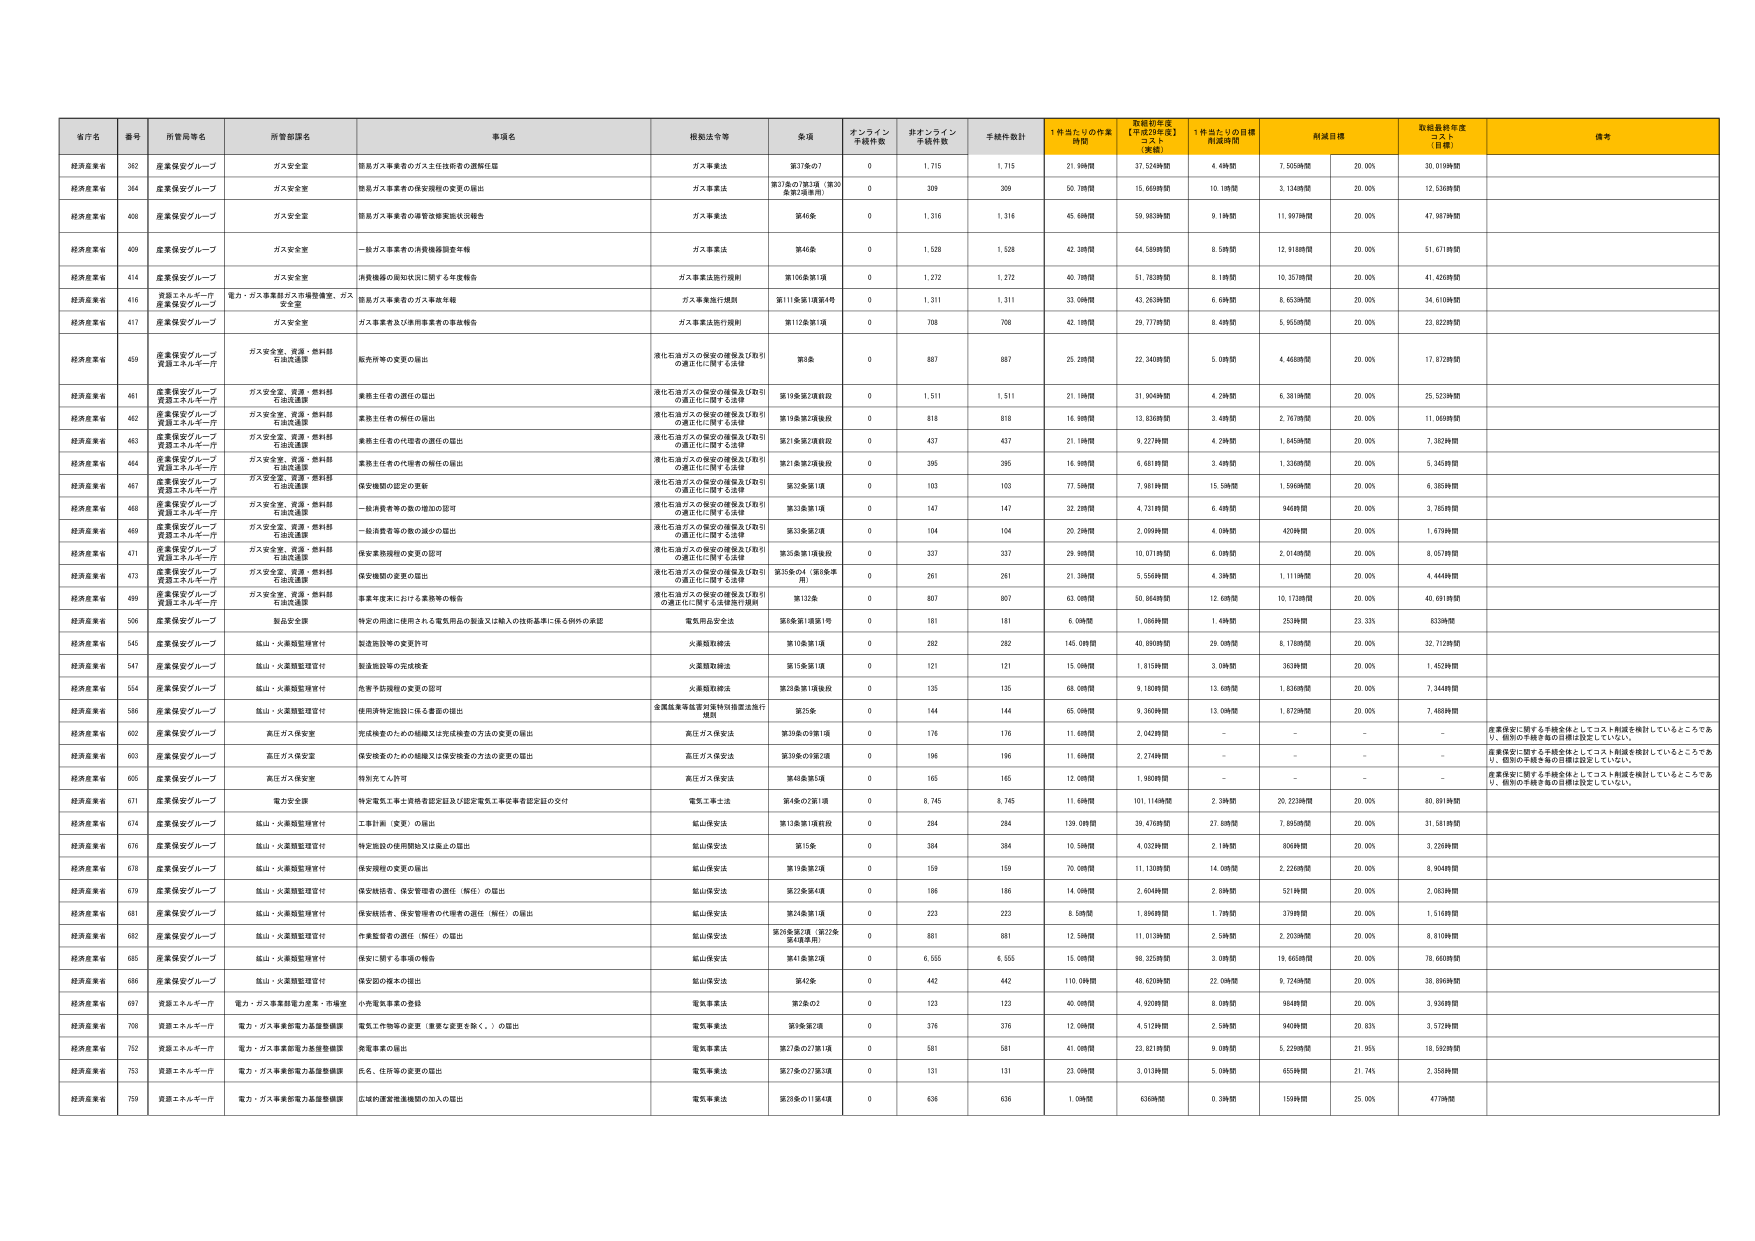
経済産業省 362 産業保安グループ ガス安全室 簡易ガス事業者のガス主任技術者の理解促進 ガス事業法 第37条の7 0 1,715 1,715 21.98問 37.524時間 4.49問 7.505時間 20.00% 30.019時間
経済産業省 364 産業保安グループ ガス安全室 簡易ガス事業者の保安管理の変更の届出 ガス事業法 第37条の7第3項（第30 条第2項適用） 0 309 309 50.78問 15.669時間 10.18問 3.134時間 20.00% 12.536時間
経済産業省 408 産業保安グループ ガス安全室 簡易ガス事業者の保管改修実施状況報告 ガス事業法 第46条 0 1,316 1,316 45.68問 59.963時間 9.19問 11.997時間 20.00% 47.967時間
経済産業省 409 産業保安グループ ガス安全室 一般ガス事業者の済機種別審査報告 ガス事業法 第46条 0 1,528 1,528 42.38問 64.589時間 8.58問 12.918時間 20.00% 51.671時間
経済産業省 414 産業保安グループ ガス安全室 済機種別の周知状況に関する年度報告 ガス事業法施行規則 第106条第1項 0 1,272 1,272 40.78問 51.763時間 8.19問 10.357時間 20.00% 41.426時間
経済産業省 416 資源エネルギー庁 産業保安グループ 電力・ガス事業部ガス市場整備室、ガス 安全室 簡易ガス事業者のガス事故年報 ガス事業施行規則 第111条第1項第4号 0 1,311 1,311 33.08問 43.263時間 6.69問 8.653時間 20.00% 34.610時間
経済産業省 417 産業保安グループ ガス安全室 ガス事業者及び済事業者の事故報告 ガス事業法施行規則 第112条第1項 0 708 708 42.18問 29.777時間 8.48問 5.955時間 20.00% 23.822時間
経済産業省 459 産業保安グループ 資源エネルギー庁 ガス安全室、資源・燃料部 石油流通課 販売所等の変更の届出 液化石油ガスの保安の確保及び取引 の適正化に関する法律 第8条 0 887 887 25.28問 22.340時間 5.09問 4.468時間 20.00% 17.872時間
経済産業省 461 産業保安グループ 資源エネルギー庁 ガス安全室、資源・燃料部 石油流通課 業務主任者の選任の届出 液化石油ガスの保安の確保及び取引 の適正化に関する法律 第19条第2項前段 0 1,511 1,511 21.18問 31.004時間 4.29問 6.381時間 20.00% 25.523時間
経済産業省 462 産業保安グループ 資源エネルギー庁 ガス安全室、資源・燃料部 石油流通課 業務主任者の解任の届出 液化石油ガスの保安の確保及び取引 の適正化に関する法律 第19条第2項後段 0 818 818 16.98問 13.836時間 3.48問 2.767時間 20.00% 11.069時間
経済産業省 463 産業保安グループ 資源エネルギー庁 ガス安全室、資源・燃料部 石油流通課 業務主任者の代理者の選任の届出 液化石油ガスの保安の確保及び取引 の適正化に関する法律 第21条第2項前段 0 437 437 21.18問 9.227時間 4.29問 1.845時間 20.00% 7.382時間
経済産業省 464 産業保安グループ 資源エネルギー庁 ガス安全室、資源・燃料部 石油流通課 業務主任者の代理者の解任の届出 液化石油ガスの保安の確保及び取引 の適正化に関する法律 第21条第2項後段 0 395 395 16.98問 6.681時間 3.48問 1.336時間 20.00% 5.345時間
経済産業省 467 産業保安グループ 資源エネルギー庁 ガス安全室、資源・燃料部 石油流通課 保安機関の認定の更新 液化石油ガスの保安の確保及び取引 の適正化に関する法律 第33条第1項 0 103 103 77.58問 7.981時間 15.58問 1.596時間 20.00% 6.385時間
経済産業省 468 産業保安グループ 資源エネルギー庁 ガス安全室、資源・燃料部 石油流通課 一体済費者等の数の増加の認可 液化石油ガスの保安の確保及び取引 の適正化に関する法律 第33条第1項 0 147 147 33.28問 4.731時間 6.48問 946時間 20.00% 3.785時間
経済産業省 469 産業保安グループ 資源エネルギー庁 ガス安全室、資源・燃料部 石油流通課 一般済費者等の数の減少の届出 液化石油ガスの保安の確保及び取引 の適正化に関する法律 第33条第2項 0 104 104 20.28問 2.099時間 4.09問 420時間 20.00% 1.679時間
経済産業省 471 産業保安グループ 資源エネルギー庁 ガス安全室、資源・燃料部 石油流通課 保安業務規程の変更の届出 液化石油ガスの保安の確保及び取引 の適正化に関する法律 第35条第1項後段 0 337 337 29.98問 10.071時間 6.08問 2.014時間 20.00% 8.057時間
経済産業省 473 産業保安グループ 資源エネルギー庁 ガス安全室、資源・燃料部 石油流通課 保安機関の変更の届出 液化石油ガスの保安の確保及び取引 の適正化に関する法律 第35条の4（第8条準 用） 0 261 261 21.38問 5.558時間 4.39問 1.111時間 20.00% 4.446時間
経済産業省 499 産業保安グループ 資源エネルギー庁 ガス安全室、資源・燃料部 石油流通課 事業年度末における業務等の報告 液化石油ガスの保安の確保及び取引 の適正化に関する法律施行規則 第132条 0 807 807 63.08問 50.864時間 12.68問 10.173時間 20.00% 40.691時間
経済産業省 506 産業保安グループ 製品安全課 特定の用途に使用される電気用品の製造又は輸入の技術基準に係る例外の届出 電気用品安全法 第6条第1項第1号 0 181 181 6.08問 1.086時間 1.48問 253時間 23.33% 833時間
経済産業省 545 産業保安グループ 鉱山・火薬類監理室付 製造施設等の変更許可 火薬類取締法 第10条第1項 0 282 282 145.08問 40.890時間 29.08問 8.178時間 20.00% 32.712時間
経済産業省 547 産業保安グループ 鉱山・火薬類監理室付 製造施設等の完成検査 火薬類取締法 第15条第1項 0 121 121 15.08問 1.819時間 3.08問 363時間 20.00% 1.452時間
経済産業省 554 産業保安グループ 鉱山・火薬類監理室付 危害予防規程の変更の認可 火薬類取締法 第28条第1項後段 0 135 135 68.08問 9.180時間 13.68問 1.836時間 20.00% 7.344時間
経済産業省 586 産業保安グループ 鉱山・火薬類監理室付 使用済特定施設に係る書面の届出 金属鉱業等鉱業対策特別措置法施行 規則 第25条 0 144 144 65.08問 9.369時間 13.08問 1.872時間 20.00% 7.488時間
経済産業省 602 産業保安グループ 高圧ガス保安室 充填検査のための組織又は充填検査の方法の変更の届出 高圧ガス保安法 第39条の9第1項 0 176 176 11.68問 2.042時間 － － － － 産業保安に関する手続きをまとめてコスト削減を検討しているところであ り、個別の手続き毎の目標は設定していない。
経済産業省 603 産業保安グループ 高圧ガス保安室 保安検査のための組織又は保安検査の方法の変更の届出 高圧ガス保安法 第39条の9第2項 0 196 196 11.68問 2.274時間 － － － － 産業保安に関する手続きをまとめてコスト削減を検討しているところであ り、個別の手続き毎の目標は設定していない。
経済産業省 605 産業保安グループ 高圧ガス保安室 特別充てん許可 高圧ガス保安法 第40条第5項 0 165 165 12.08問 1.998時間 － － － － 産業保安に関する手続きをまとめてコスト削減を検討しているところであ り、個別の手続き毎の目標は設定していない。
経済産業省 671 産業保安グループ 電力安全室 特定電気工事工賃格査認定証及び認定電気工事従事者認定証の交付 電気工事法 第4条の2第1項 0 8,745 8,745 11.68問 101.114時間 2.38問 20.223時間 20.00% 80.891時間
経済産業省 674 産業保安グループ 鉱山・火薬類監理室付 工事計画（変更）の届出 鉱山保安法 第13条第1項前段 0 284 284 139.08問 39.476時間 27.88問 7.895時間 20.00% 31.581時間
経済産業省 676 産業保安グループ 鉱山・火薬類監理室付 特定施設の使用開始又は廃止の届出 鉱山保安法 第15条 0 384 384 10.58問 4.032時間 2.19問 806時間 20.00% 3.226時間
経済産業省 678 産業保安グループ 鉱山・火薬類監理室付 保安規程の変更の届出 鉱山保安法 第19条第2項 0 159 159 70.08問 11.130時間 14.08問 2.226時間 20.00% 8.904時間
経済産業省 679 産業保安グループ 鉱山・火薬類監理室付 保安統括者、保安管理者の選任（解任）の届出 鉱山保安法 第21条第4項 0 186 186 14.08問 2.604時間 2.89問 521時間 20.00% 2.083時間
経済産業省 681 産業保安グループ 鉱山・火薬類監理室付 保安統括者、保安管理者の代理者の選任（解任）の届出 鉱山保安法 第24条第1項 0 223 223 8.58問 1.896時間 1.78問 379時間 20.00% 1.516時間
経済産業省 682 産業保安グループ 鉱山・火薬類監理室付 作業監督者の選任（解任）の届出 鉱山保安法 第26条第2項（第22条 第4項準用） 0 881 881 12.58問 11.013時間 2.58問 2.203時間 20.00% 8.810時間
経済産業省 685 産業保安グループ 鉱山・火薬類監理室付 保安に関する事項の報告 鉱山保安法 第41条第2項 0 6,555 6,555 15.08問 98.325時間 3.08問 19.665時間 20.00% 78.660時間
経済産業省 686 産業保安グループ 鉱山・火薬類監理室付 保安図の様本の届出 鉱山保安法 第42条 0 442 442 110.08問 48.620時間 22.08問 9.724時間 20.00% 38.896時間
経済産業省 697 資源エネルギー庁 電力・ガス事業部電力産業・市場室 小売電気事業の登録 電気事業法 第2条の2 0 123 123 40.08問 4.920時間 8.08問 994時間 20.00% 3.936時間
経済産業省 708 資源エネルギー庁 電力・ガス事業部電力基盤整備課 電気工作物等の変更（重要な変更を除く。）の届出 電気事業法 第5条第2項 0 376 376 12.08問 4.512時間 2.58問 940時間 20.83% 3.572時間
経済産業省 752 資源エネルギー庁 電力・ガス事業部電力基盤整備課 発電事業の届出 電気事業法 第27条の27第1項 0 581 581 41.08問 23.821時間 9.08問 5.228時間 21.95% 18.592時間
経済産業省 753 資源エネルギー庁 電力・ガス事業部電力基盤整備課 民生、住民等の変更の届出 電気事業法 第27条の27第3項 0 131 131 23.08問 3.013時間 5.08問 655時間 21.74% 2.358時間
経済産業省 759 資源エネルギー庁 電力・ガス事業部電力基盤整備課 広域的運営推進機関の加入の届出 電気事業法 第28条の11第4項 0 636 636 1.08問 636時間 0.39問 159時間 25.00% 477時間